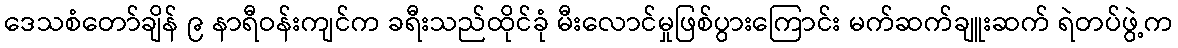
ဒေသစံတော်ချိန် ၉ နာရီဝန်းကျင်က ခရီးသည်ထိုင်ခုံ မီးလောင်မှုဖြစ်ပွားကြောင်း မက်ဆက်ချူးဆက် ရဲတပ်ဖွဲ့က